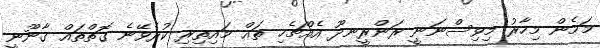
މަމެން މިހާރު މިވިސްނަނީ ރަންރީނދޫ އެއްޗެހި ތައް މައިތިރި ކުރެވޭނެ ގޮތްތައް ގާނޫނީ